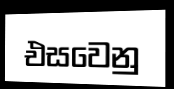
එසවෙනු